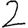
Digit: 2